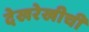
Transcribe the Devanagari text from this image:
देखरेखीची